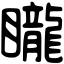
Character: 矓